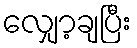
လျှော့ချပြီး